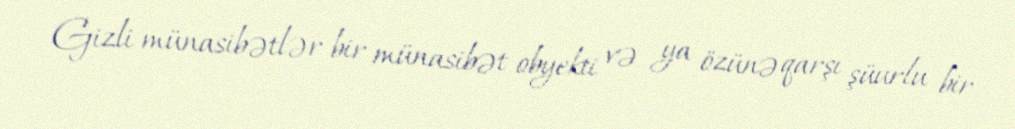
Gizli münasibətlər bir münasibət obyekti və ya özünə qarşı şüurlu bir